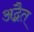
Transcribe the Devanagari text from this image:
अद्बैत